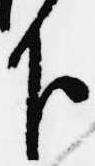
下